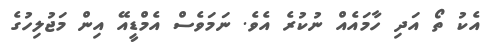
އެކު ތޯ އަދި ހާމައެއް ނުކުރެ އެވެ. ނަމަވެސް އެމްޑީއޭ އިން މަޖުލިހުގެ